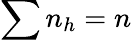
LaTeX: \sum{n_{h}}=n